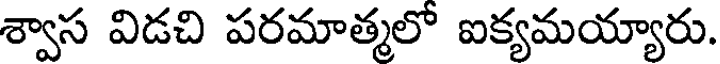
శ్వాస విడచి పరమాత్మలో ఐక్యమయ్యారు.